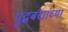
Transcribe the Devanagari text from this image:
युद्धबंद्यांच्या